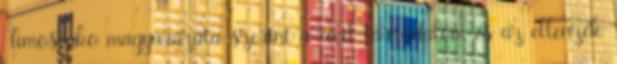
Timosenko magyarázata szerint a civil társadalom és az ellenzék